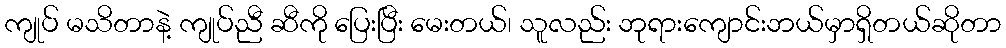
ကျုပ် မသိတာနဲ့ ကျုပ်ညီ ဆီကို ပြေးပြီး မေးတယ်၊ သူလည်း ဘုရားကျောင်းဘယ်မှာရှိတယ်ဆိုတာ